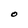
Character: O